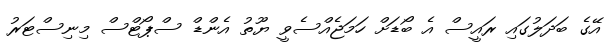
އޭގެ ބަދަލުގައި ރައީސް އެ ބޯޑަށް ހަމަޖެއްސެވީ ޔޫތު އެންޑް ސްޕޯޓްސް މިނިސްޓަރު